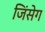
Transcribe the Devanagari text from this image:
जिंसेग